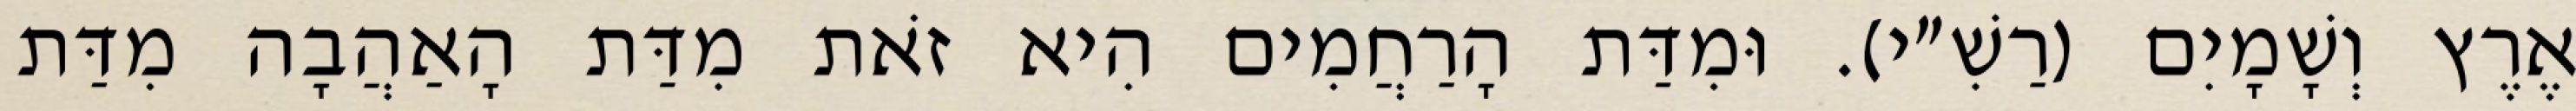
אֶרֶץ וְשָׁמָיִם (רַשִׁ״י). וּמִדַּת הָרַחֲמִים הִיא זֹאת מִדַּת הָאַהֲבָה מִדַּת